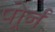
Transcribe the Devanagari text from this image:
पोर्र्न